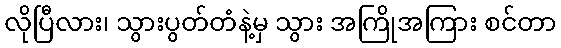
လိုပြီလား၊ သွားပွတ်တံနဲ့မှ သွား အကြိုအကြား စင်တာ